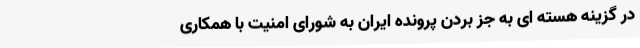
در گزینه هسته ای به جز بردن پرونده ایران به شورای امنیت با همکاری